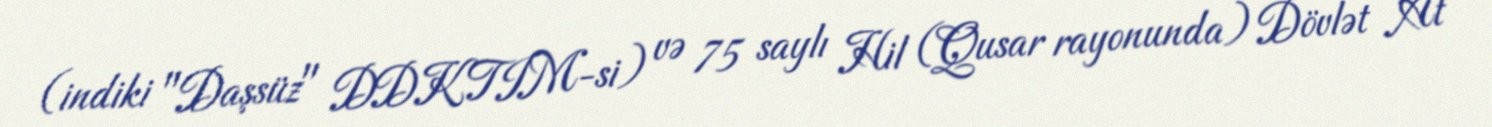
(indiki "Daşsüz" DDKTIM-si) və 75 saylı Hil (Qusar rayonunda) Dövlət At